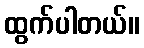
ထွက်ပါတယ်။